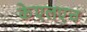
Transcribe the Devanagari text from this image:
केएलएच